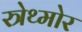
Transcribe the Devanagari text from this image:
स्त्रेथ्मोर